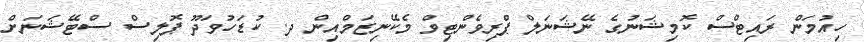
ހިއުމަން ރައިޓްސް ކޮމިޝަނުގެ ނޭޝަނަލް ޕްރިވެންޓިވް މެކޭނިޒަމްއިން ދ. ކުޑަހުވަދޫ ޕޮލިސް ސްޓޭޝަނަށް